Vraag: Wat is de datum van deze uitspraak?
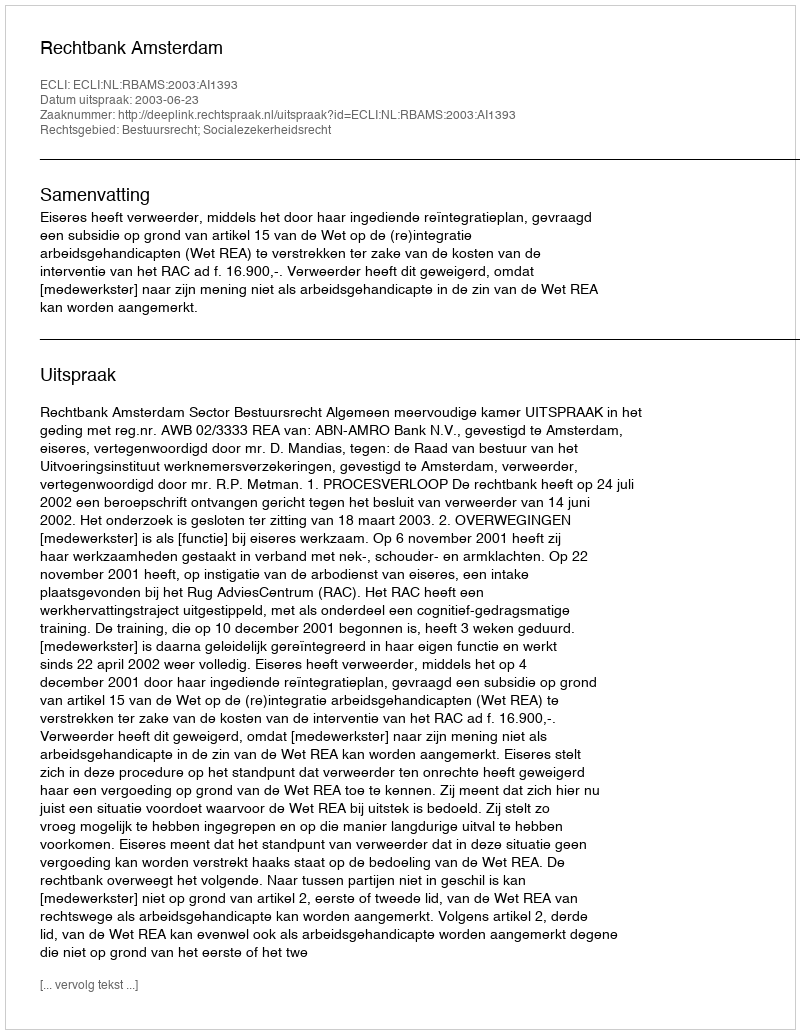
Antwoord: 2003-06-23